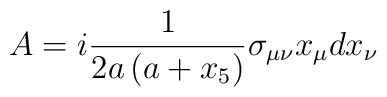
A=i\frac{1}{2a\left(  a+x_{5}\right)  }\sigma_{\mu\nu}x_{\mu}dx_{\nu}